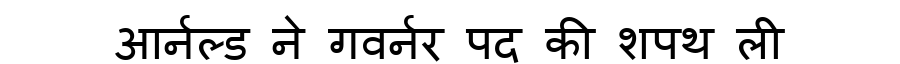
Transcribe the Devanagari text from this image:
आर्नल्ड ने गवर्नर पद की शपथ ली